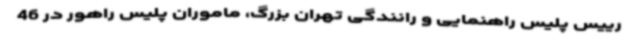
رییس پلیس راهنمایی و رانندگی تهران بزرگ، ماموران پلیس راهور در 46